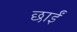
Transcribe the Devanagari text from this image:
छाईं